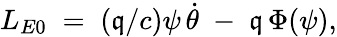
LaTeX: L_{E0}\; =\; (\mathfrak{q}/c)\psi\, \dot{{\theta}}\; -\; \mathfrak{q}\, \Phi(\psi),